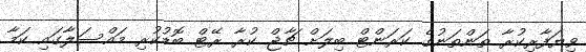
ވިޔަފާރިކުރާ ތަންތަނުގެ ކަރަންޓް ބިލަށް ޗާޖް ކުރާ ރޭޓް ބޮޑުކުރި މައްސަލާގައި ކަމާ